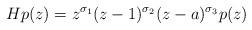
LaTeX: \begin{align*}Hp(z)=z^{\sigma_{1}}(z-1)^{\sigma_{2}}(z-a)^{\sigma_{3}}p(z)\end{align*}